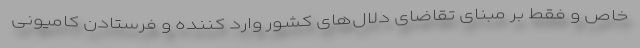
خاص و فقط بر مبنای تقاضای دلال‌های کشور وارد کننده و فرستادن کامیونی